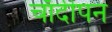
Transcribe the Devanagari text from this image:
चाँदीपन